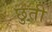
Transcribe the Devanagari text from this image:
छुती